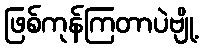
ဖြစ်ကုန်ကြတာပဲဗျို့